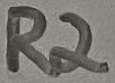
Text: R2